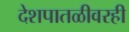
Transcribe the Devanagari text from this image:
देशपातळीवरही